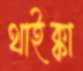
থাইক্কা